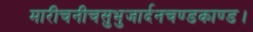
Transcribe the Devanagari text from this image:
मारीचनीचसुभुजार्दनचण्डकाण्ड।